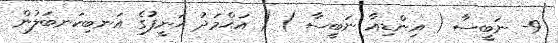
9- ނަބީސާ ( އިންޑިއާ ނަބީސާ ) ( އަޙްމަދު ޙަނީފުގެ އަނބިކަނބަލުން